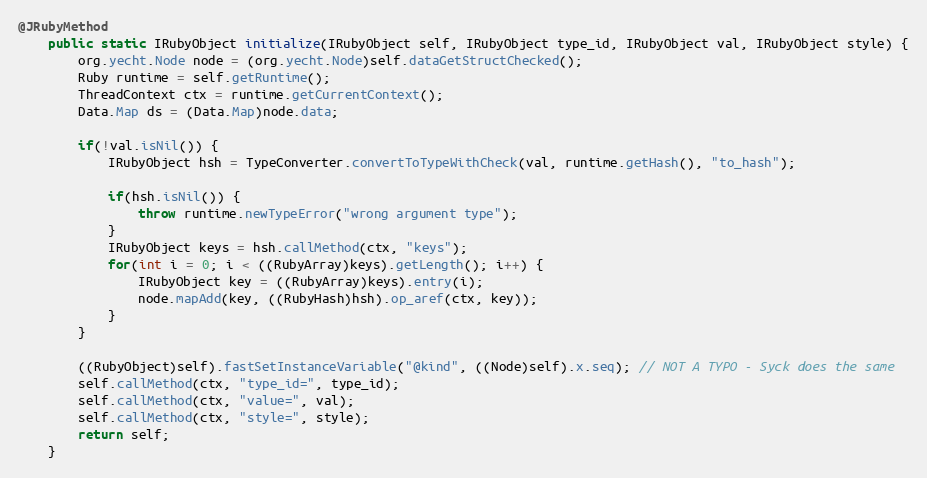
Language: Java
@JRubyMethod
    public static IRubyObject initialize(IRubyObject self, IRubyObject type_id, IRubyObject val, IRubyObject style) {
        org.yecht.Node node = (org.yecht.Node)self.dataGetStructChecked();
        Ruby runtime = self.getRuntime();
        ThreadContext ctx = runtime.getCurrentContext();
        Data.Map ds = (Data.Map)node.data;

        if(!val.isNil()) {
            IRubyObject hsh = TypeConverter.convertToTypeWithCheck(val, runtime.getHash(), "to_hash");

            if(hsh.isNil()) {
                throw runtime.newTypeError("wrong argument type");
            }
            IRubyObject keys = hsh.callMethod(ctx, "keys");
            for(int i = 0; i < ((RubyArray)keys).getLength(); i++) {
                IRubyObject key = ((RubyArray)keys).entry(i);
                node.mapAdd(key, ((RubyHash)hsh).op_aref(ctx, key));
            }
        }

        ((RubyObject)self).fastSetInstanceVariable("@kind", ((Node)self).x.seq); // NOT A TYPO - Syck does the same
        self.callMethod(ctx, "type_id=", type_id);
        self.callMethod(ctx, "value=", val);
        self.callMethod(ctx, "style=", style);
        return self;
    }